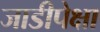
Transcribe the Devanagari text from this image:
जाडीपेक्षा